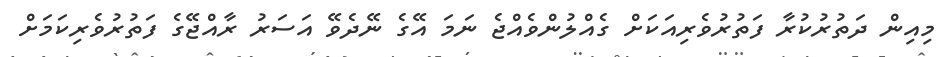
މިއިން ދަތުރުކުރާ ފަތުރުވެރިއަކަށް ގެއްލުންވެއްޖެ ނަމަ އޭގެ ނޭދެވޭ އަސަރު ރާއްޖޭގެ ފަތުރުވެރިކަމަށް